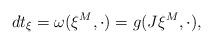
LaTeX: \begin{align*}dt_{\xi}=\omega(\xi^M,\cdot)=g(J\xi^M, \cdot), \end{align*}